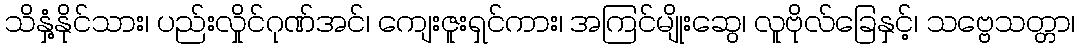
သိနှံ့နိုင်သား၊ ပည်းလှိုင်ဂုဏ်အင်၊ ကျေးဇူးရှင်ကား၊ အကြင်မျိုးဆွေ၊ လူဗိုလ်ခြေနှင့်၊ သဗ္ဗေသတ္တာ၊